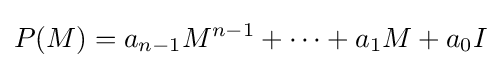
P(M)=a_{n-1}M^{n-1}+\dots +a_{1}M+a_{0}I